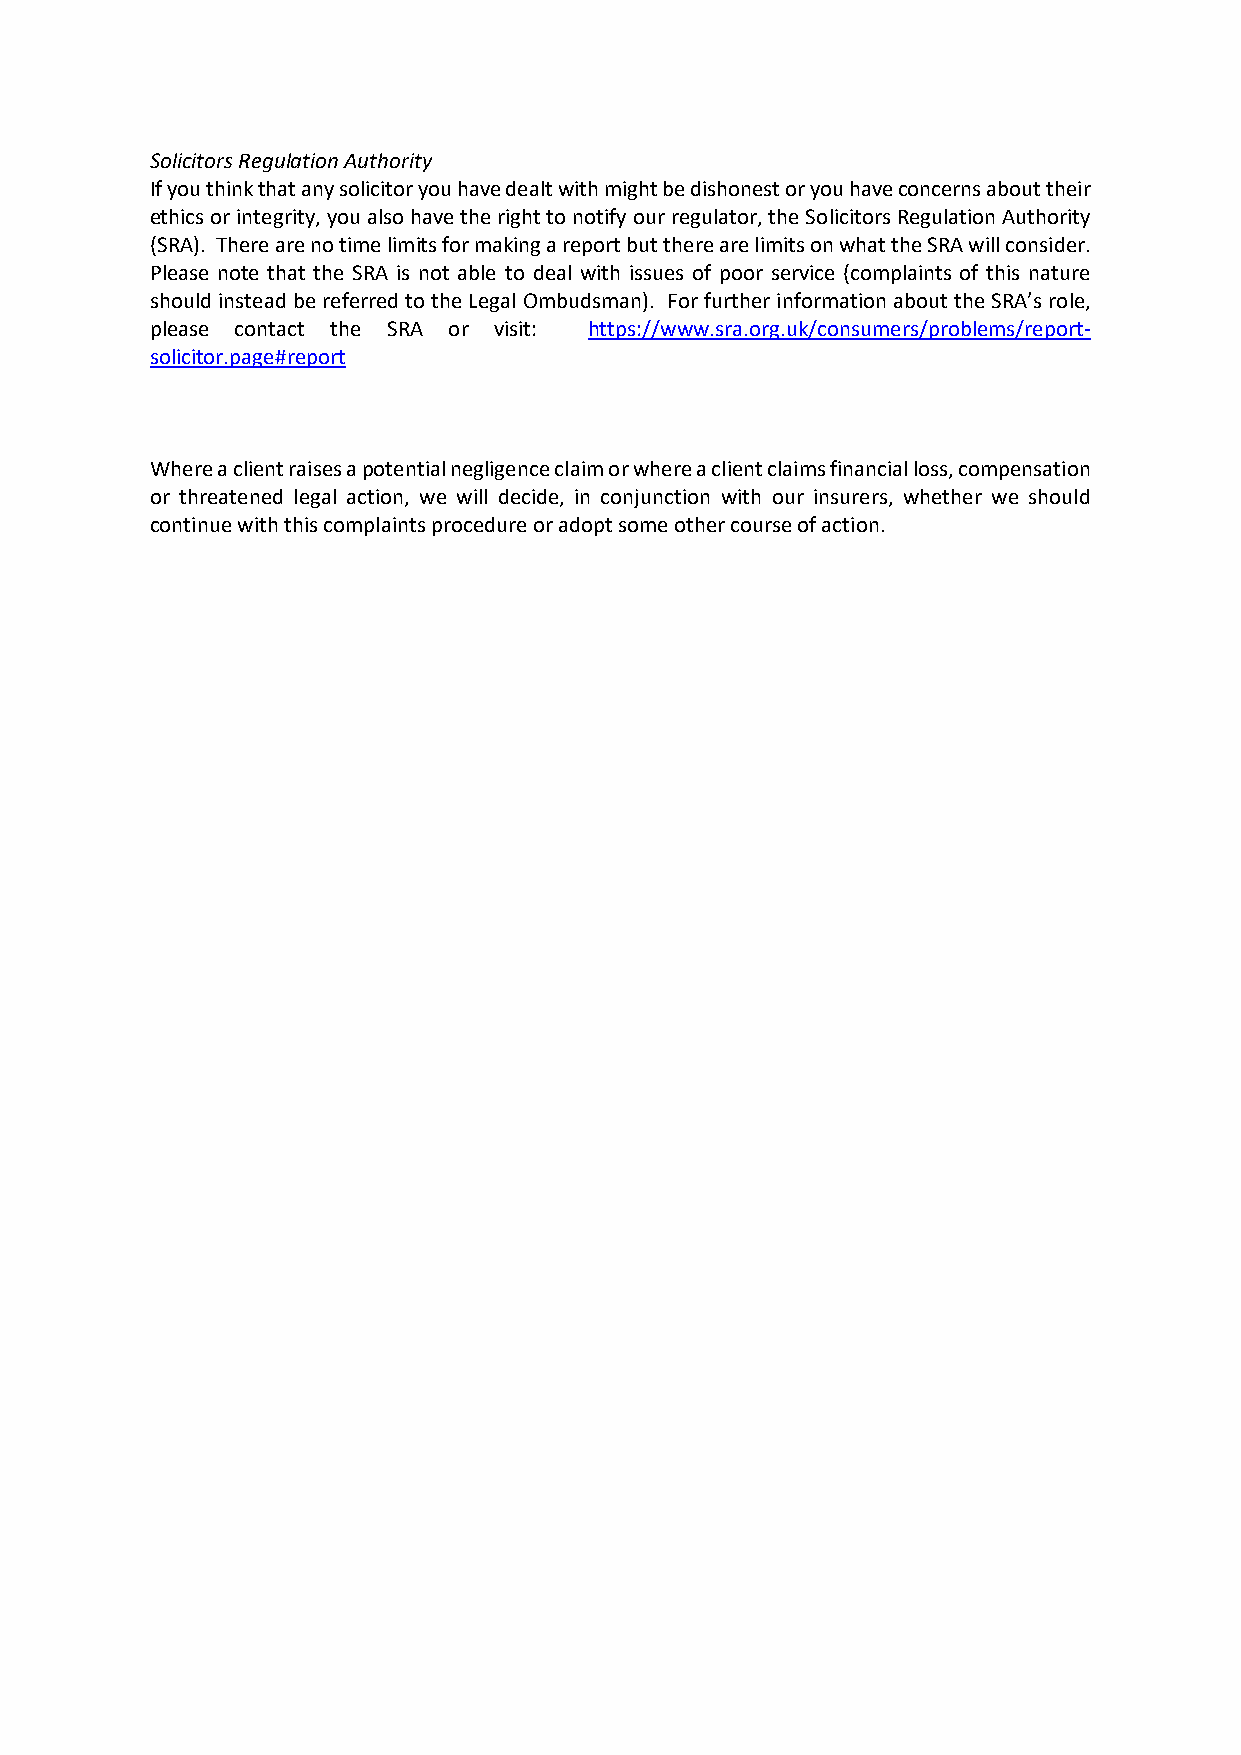
Solicitors Regulation Authority
 If you think that any solicitor you have dealt with might be dishonest or you have concerns about their
 ethics or integrity, you also have the right to notify our regulator, the Solicitors Regulation Authority
 (SRA). There are no time limits for making a report but there are limits on what the SRA will consider.
 Please note that the SRA is not able to deal with issues of poor service (complaints of this nature
 should instead be referred to the Legal Ombudsman). For further information about the SRA’s role,
 please contact the SRA or visit: https://www.sra.org.uk/consumers/problems/report-
 solicitor.page#report
 Where a client raises a potential negligence claim or where a client claims financial loss, compensation
 or threatened legal action, we will decide, in conjunction with our insurers, whether we should
 continue with this complaints procedure or adopt some other course of action.